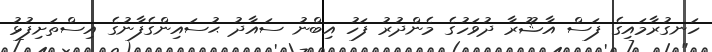
ހަނގުރާމައިގެ ފަސް އާޝޫރާ ދުވަހުގެ މެންދުރު ފަހު އިބްނު ސައާދު ޙުސައިންގެފާނުގެ އިސްތަށިފުޅު